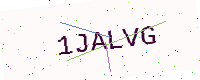
Text: 1JALVG